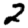
Digit: 2